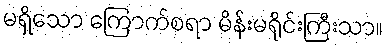
မရှိသော ကြောက်စရာ မိန်းမရိုင်းကြီးသာ။